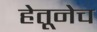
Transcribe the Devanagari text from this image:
हेतूनेच